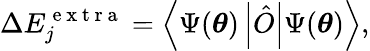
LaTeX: \Delta E_{j}^{\mathrm{~e~x~t~r~a~}}=\left\langle\Psi(\boldsymbol{\theta})\left|\hat{O}\right|\Psi(\boldsymbol{\theta})\right\rangle,